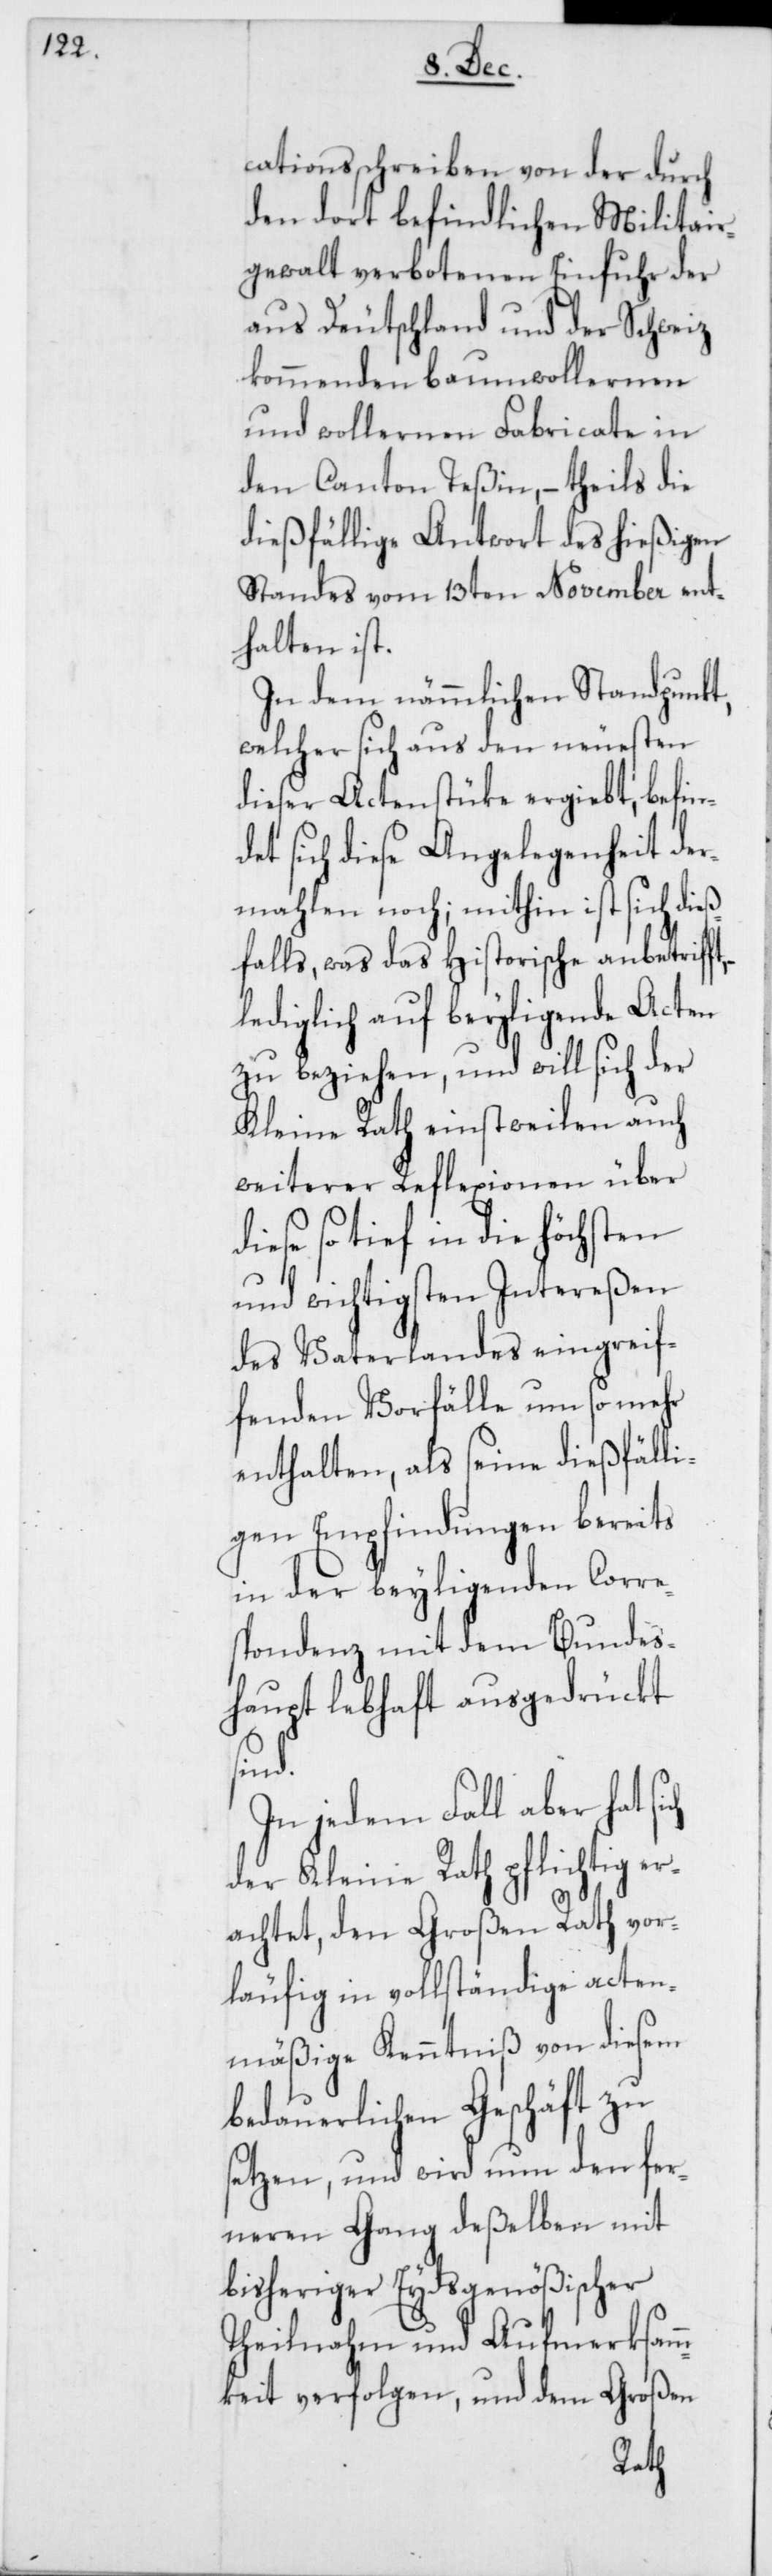
cationsschreiben von der durch
den dort befindlichen Militair¬
gewalt verbotenen Einfuhr der
aus Deutschland und der Schweiz
kommenden baumwollernen
und wollernen Fabricate in
den Canton Teßin, – theils die
dießfällige Antwort des hießigen
Standes vom 13ten November ent¬
halten ist.
In dem nämmlichen Standpunkt,
welcher sich aus den neuesten
dieser Actenstücke ergiebt, befin¬
et sich diese Angelegenheit der¬
mahlen noch; mithin ist sich dieß¬
falls, was das historische anbetrifft,
lediglich auf beyligende Acten
zu beziehen, und will sich der
Kleine Rath einstweilen auch
weiterer Reflexionen über
diese so tief in die höchsten
und wichtigsten Intereßen
des Vaterlandes eingreif¬
fenden Vorfälle um so mehr
enthalten, als seine dießfälli¬
gen Empfindungen bereits
in der beyligenden Corre¬
spondenz mit dem Bundes¬
haupt lebhaft ausgedrückt
ich
In jedem Fall aber hat s¬
der Kleine Rath pflichtig er¬
achtet, den Großen Rath vor¬
läufig in vollständige acten¬
mäßige Kenntniß von diesem
bedauerlichen Geschäft zu
setzen, und wird nun den fer¬
neren Gang deßelben mit
bisheriger Eydsgenößischer
Theilnahm und Aufmerksam¬
mkeit verfolgen, und dem Großen